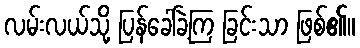
လမ်းလယ်သို့ ပြန်ခေါ်ခဲ့ကြ ခြင်းသာ ဖြစ်၏။